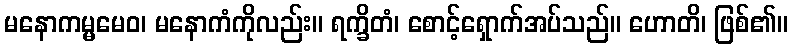
မနောကမ္မမေဝ၊ မနောကံကိုလည်း။ ရက္ခိတံ၊ စောင့်ရှောက်အပ်သည်။ ဟောတိ၊ ဖြစ်၏။